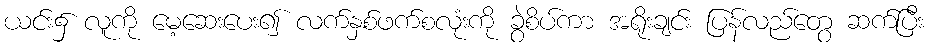
ယင်း၌ လူကို မေ့ဆေးပေး၍ လက်နှစ်ဖက်စလုံးကို ခွဲစိပ်ကာ အရိုးချင်း ပြန်လည်တွေ ဆက်ပြီး